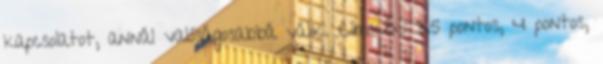
kapcsolatot, annál valóságosabbá válik. Címkék: 3.5 pontos, 4 pontos,